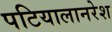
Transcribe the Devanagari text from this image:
पटियालानरेश